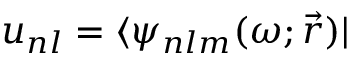
{ u _ { n l } = \langle \psi _ { n l m } ( \omega ; \vec { r } ) | }